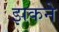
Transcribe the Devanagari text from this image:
झकने